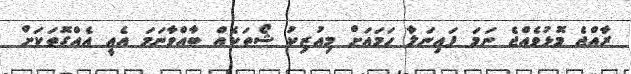
ރާއްޖެ މޮޅުވެއްޖެ ނަމަ ފައިނަލާ ހަމަައަށް މިއުޒިކު ޝޯތަކެއް ބާއްވާނަމަ އެއީ އެއްގޮތަކަށް